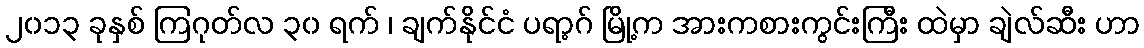
၂၀၁၃ ခုနှစ် ကြဂုတ်လ ၃၀ ရက် ၊ ချက်နိုင်ငံ ပရာ့ဂ် မြို့က အားကစားကွင်းကြီး ထဲမှာ ချဲလ်ဆီး ဟာ